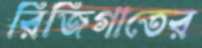
রিজিগাতের